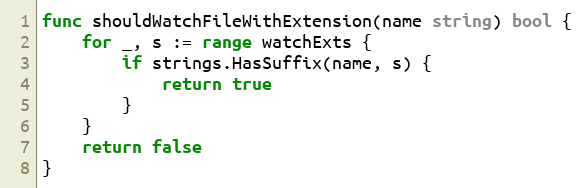
Language: Go
func shouldWatchFileWithExtension(name string) bool {
	for _, s := range watchExts {
		if strings.HasSuffix(name, s) {
			return true
		}
	}
	return false
}